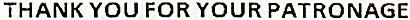
THANK YOU FOR YOUR PATRONAGE